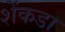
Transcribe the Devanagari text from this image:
शेंकडा